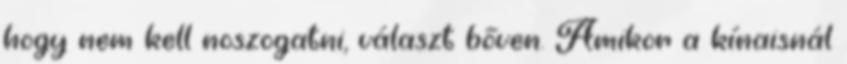
hogy nem kell noszogatni, választ bőven. Amikor a kínaisnál